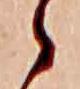
ゝ